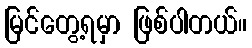
မြင်တွေ့ရမှာ ဖြစ်ပါတယ်။